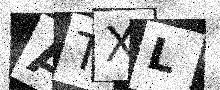
Text: ATXL